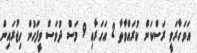
އަވަހާރަވީ ރަސްކަން ކުރައްވާތާ 2 އަހަރާއި 9 މަސް ދުވަސް ވީފަހުން ހިޖުރައިން